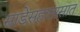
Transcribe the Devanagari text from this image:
साडेसहातासात